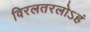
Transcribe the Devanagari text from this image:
विरलतरलोऽहं